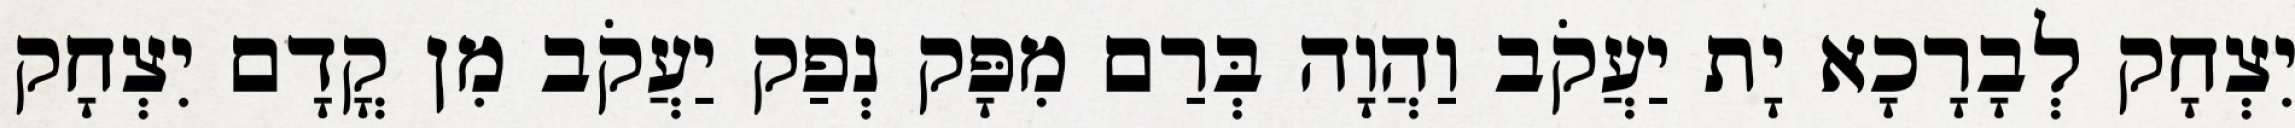
יִצְחָק לְבָרָכָא יָת יַעֲקֹב וַהֲוָה בְּרַם מִפָּק נְפַק יַעֲקֹב מִן קֳדָם יִצְחָק